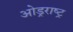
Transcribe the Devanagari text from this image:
ओड्रराष्ट्र